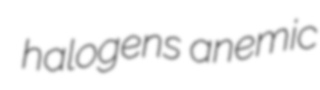
halogens anemic